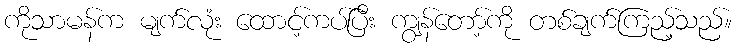
ကိုသာမန်က မျက်လုံး ထောင့်ကပ်ပြီး ကျွန်တော့်ကို တစ်ချက်ကြည့်သည်။